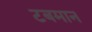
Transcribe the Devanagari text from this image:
टबमान